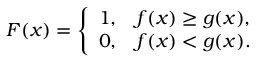
\begin{array} { r } { F ( x ) = \left\{ \begin{array} { l l } { 1 , } & { f ( x ) \geq g ( x ) , } \\ { 0 , } & { f ( x ) < g ( x ) . } \end{array} \right. } \end{array}